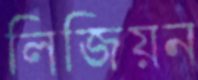
লিজিয়ন